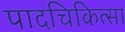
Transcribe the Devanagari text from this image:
पादचिकित्सा